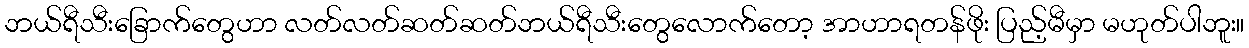
ဘယ်ရီသီးခြောက်တွေဟာ လတ်လတ်ဆတ်ဆတ်ဘယ်ရီသီးတွေလောက်တော့ အာဟာရတန်ဖိုး ပြည့်မီမှာ မဟုတ်ပါဘူး။